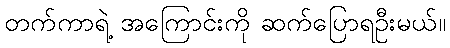
တက်ကာရဲ့ အကြောင်းကို ဆက်ပြောရဦးမယ်။